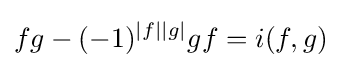
fg-(-1)^{|f||g|}gf=i(f,g)